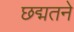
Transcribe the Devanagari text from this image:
छद्मतने